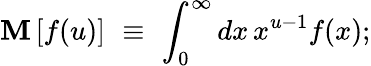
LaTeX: \mathbf{M}\, [f(u)]\, \, \equiv\, \, \int_{0}^{\infty}dx\, x^{u-1}f(x);